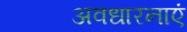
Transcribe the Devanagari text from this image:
अवधारनाएं